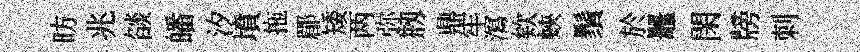
昉兆燄皤汐墳拖郿矮两弥剏鼎牢㵼欸蛺鬚於鼉閑牓刺